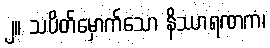
၂။ သပိတ်မှောက်သော နိဿာရဏကံ၊